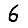
Digit: 6